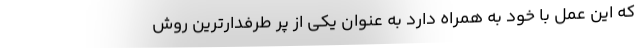
که این عمل با خود به همراه دارد به عنوان یکی از پر طرفدارترین روش